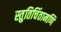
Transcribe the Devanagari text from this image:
स्तुतिचिंतामणि